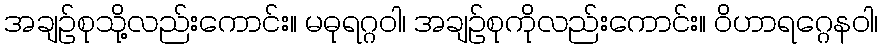
အချဉ်စုသို့လည်းကောင်း။ မဓုရဂ္ဂဝါ၊ အချဉ်စုကိုလည်းကောင်း။ ဝိဟာရဂ္ဂေနဝါ၊